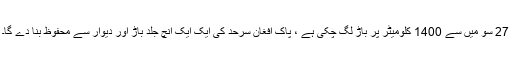
27 سو میں سے 1400 کلومیٹر پر باڑ لگ چکی ہے ، پاک افغان سرحد کی ایک ایک انچ جلد باڑ اور دیوار سے محفوظ بنا دے گا۔